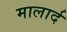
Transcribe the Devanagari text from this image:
मालार्द